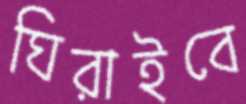
ঘিরাইবে